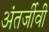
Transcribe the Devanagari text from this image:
अंतर्जीवी